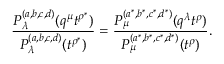
\frac { P _ { \lambda } ^ { ( a , b , c , d ) } ( q ^ { \mu } t ^ { \rho ^ { * } } ) } { P _ { \lambda } ^ { ( a , b , c , d ) } ( t ^ { \rho ^ { * } } ) } = \frac { P _ { \mu } ^ { ( a ^ { * } , b ^ { * } , c ^ { * } , d ^ { * } ) } ( q ^ { \lambda } t ^ { \rho } ) } { P _ { \mu } ^ { ( a ^ { * } , b ^ { * } , c ^ { * } , d ^ { * } ) } ( t ^ { \rho } ) } .